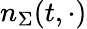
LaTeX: n_{\Sigma}(t,\cdot)